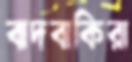
বাদবাকিরা